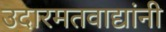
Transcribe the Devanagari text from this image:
उदारमतवाद्यांनी